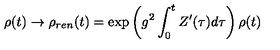
\rho ( t ) \rightarrow \rho _ { r e n } ( t ) = \exp \left( g ^ { 2 } \int _ { 0 } ^ { t } Z ^ { \prime } ( \tau ) d \tau \right) \rho ( t )